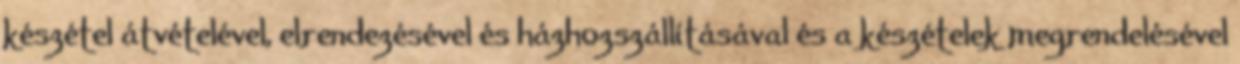
készétel átvételével, elrendezésével és házhozszállításával és a készételek megrendelésével